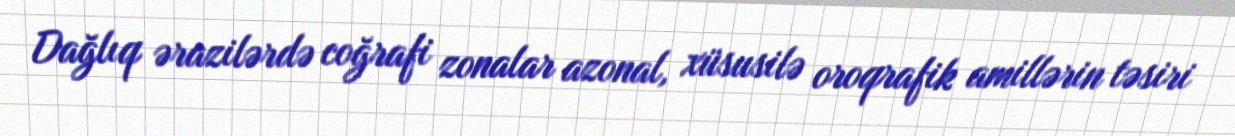
Dağlıq ərazilərdə coğrafi zonalar azonal, xüsusilə oroqrafik amillərin təsiri